Report on sanitation, dispensaries, and jails in Rajputana for 1915, and on vaccination for the year 1915-1916 - 1915-1916
Year: 1915
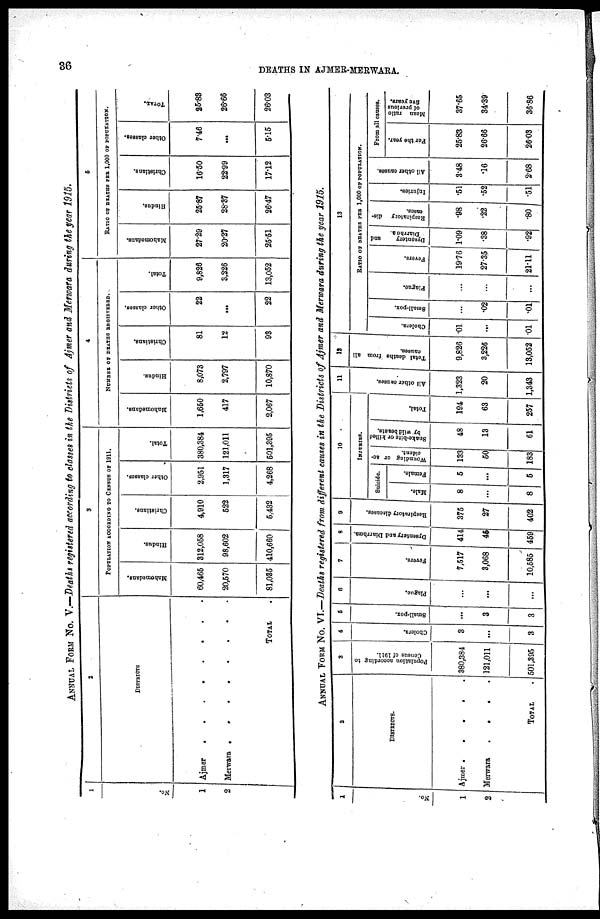
36
DEATHS IN AJMER-MERWARA.
ANNUAL FORM No. V.—Deaths registered according to classes in the Districts of Ajmer and Merwara during the year 1915.
1
No.
1
2
2
DISTRICTS
Ajmer. . . . . . . .
Merwara .
.
.
.
.
.
.
.
TOTAL .
3
POPULATION ACCORDING TO CENSUS OF 1911.
Mahomedans.
60,465
20,560
81,035
Hindus.
312,058
98,602
410,660
Christians.
4,910
522
5,432
Other classes.
2,951
1,317
4,268
Total.
380,384
121,011
501,395
4
NUMBER OF DEATHS REGISTERED
Mahomedans.
1,650
417
2,067
Hindus.
8,073
2,797
10,870
Christians.
81
12
93
Other classes.
22
...
22
Total.
9,826
3,226
13,052
5
RATIO OF DEATHS PER 1,000 OF POPULATION.
Mahomedans.
27.29
20.27
25.51
Hindus.
25.87
28.37
26.47
Christians.
16.50
22.99
17.12
Other classes.
7.46
...
5.15
TOTAL.
25.83
26.66
26.03
ANNUAL FORM No. VI.—Deaths registered from different causes in the Districts of Ajmer and Merwara during the year 1915.
1
No.
1
2
2
DISTRICTS.
Ajmer .
.
.
. .
Merwara
.
. . .
TOTAL .
3
Population according to
Census of 1911.
380,384
121,011
501,395
4
Cholera.
3
...
3
5
Small-pox.
...
3
3
6
Plague.
...
...
...
7
Fevers.
7,517
3,068
10,585
8
Dysentery and Diarrhœa.
414
45
459
9
Respiratory diseases.
375
27
402
10
INJURIES.
Suicide.
Male.
8
...
8
Female.
5
...
5
Wounding or ac¬
cident.
133
50
183
Snake-bite or killed
by wild beasts.
48
13
61
Total.
194
63
257
11
All other causes.
1,323
20
1,343
12
Total deaths from all
causes.
9,826
3,226
13,052
13
RATIO OF DEATHS PER 1,000 OF POPULATION.
Cholera.
.01
...
.01
Small-pox.
...
.02
.01
Plague.
...
...
...
Fevers.
19.76
27.35
21.11
Dysentery
and
Diarrhœa.
1.09
.38
.92
Respiratory dis¬
eases.
.98
.22
.80
Injuries.
.51
.52
.51
All other causes.
3.48
.16
2.68
From all causes.
For the year.
25.83
26.66
26.03
Mean ratio
of previous
five
years.
37.65
34.39
36.86